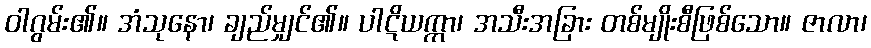
ဝါဂွမ်း၏။ အံသုနော၊ ချည်မျှင်၏။ ပါဋိယက္ကာ၊ အသီးအခြား တစ်မျိုးစီဖြစ်သော။ ဇာလာ၊